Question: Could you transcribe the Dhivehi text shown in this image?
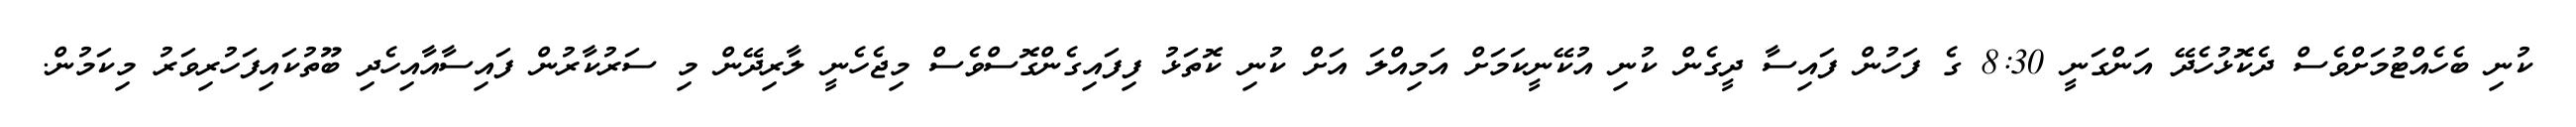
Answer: ކުނި ބެހެއްޓުމަށްވެސް ދެކޮޅުހެދޭ އަންގަނީ 8:30 ގެ ފަހުން ފައިސާ ދީގެން ކުނި އުކޭނީކަމަށް އަމިއްލަ އަށް ކުނި ކޮތަޅު ފިފައިގެންގޮސްވެސް މިޖެހެނީ ލާރިދޭން މި ސަރުކާރުން ފައިސާއާއިހެދި ބޫތުކައިފަހުރިވަރު މިކަމުން.